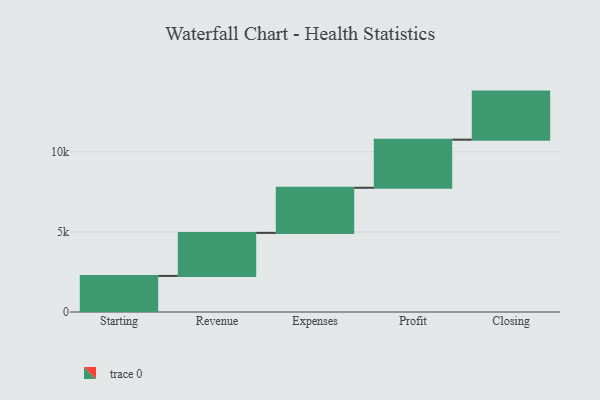
{"axis": {"x": "Step", "y": "Value"}, "legend": [""], "data": [{"x": "Starting", "y": 2251.0, "type": ""}, {"x": "Revenue", "y": 2685.0, "type": ""}, {"x": "Expenses", "y": 2815.0, "type": ""}, {"x": "Profit", "y": 3000, "type": ""}, {"x": "Closing", "y": 3000, "type": ""}]}